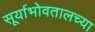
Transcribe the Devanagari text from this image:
सूर्याभोवतालच्या